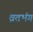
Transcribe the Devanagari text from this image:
व्रतभंग